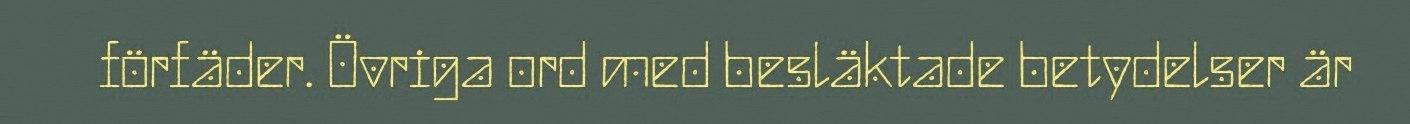
förfäder. Övriga ord med besläktade betydelser är